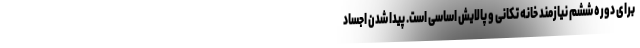
برای دوره ششم نیازمند خانه تکانی و پالایش اساسی است. پیدا شدن اجساد